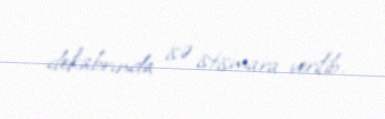
dekabrında isə istismara verilib.